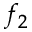
f _ { 2 }